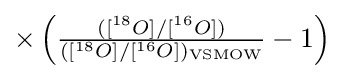
{\textstyle \times \left({\frac {([{}^{18}O]/[{}^{16}O])}{([{}^{18}O]/[{}^{16}O])_{\mathrm {VSMOW} }}}-1\right)}